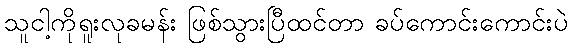
သူငါ့ကိုရူးလုခမန်း ဖြစ်သွားပြီထင်တာ ခပ်ကောင်းကောင်းပဲ